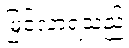
မြင်လာရသည်